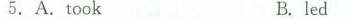
5.A.tookB. led